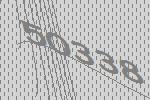
50338